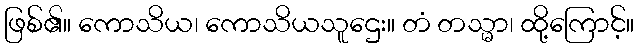
ဖြစ်၏။ ကောသိယ၊ ကောသိယသူဌေး။ တံ တသ္မာ၊ ထို့ကြောင့်။